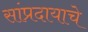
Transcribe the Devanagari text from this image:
सांप्रदायाचे